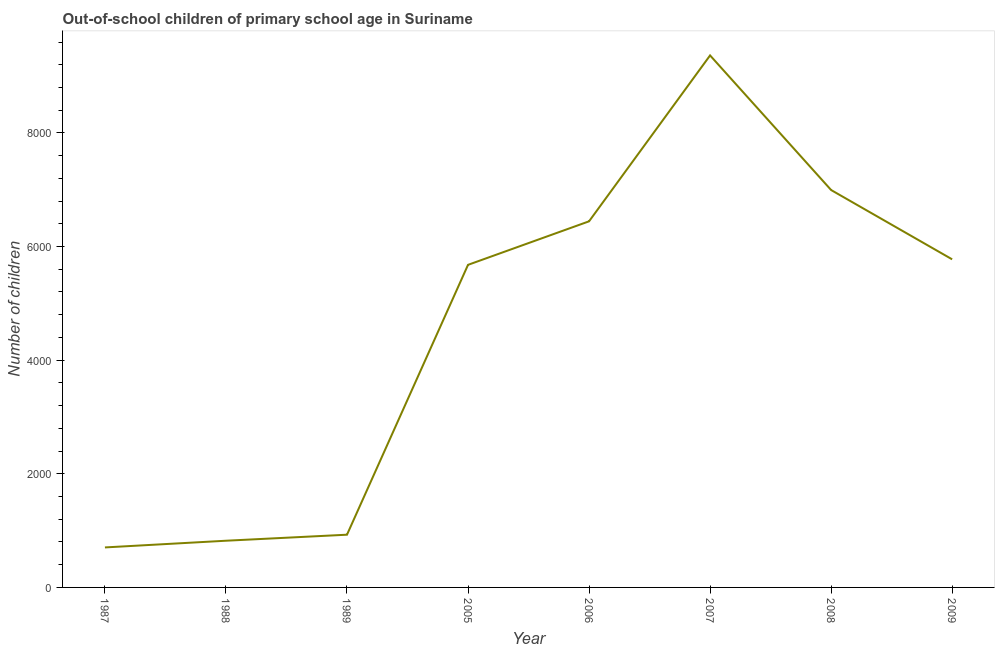
| Year | Out-of-school children of primary school age |
 | --- | --- |
 | 1987 | 704 |
 | 1988 | 822 |
 | 1989 | 928 |
 | 2005 | 5.68e+03 |
 | 2006 | 6.44e+03 |
 | 2007 | 9.36e+03 |
 | 2008 | 7e+03 |
 | 2009 | 5.78e+03 |